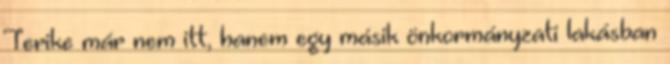
Terike már nem itt, hanem egy másik önkormányzati lakásban